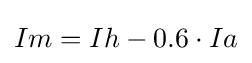
{\textstyle Im=Ih-0.6\cdot Ia}